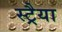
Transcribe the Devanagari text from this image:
स्ट्रैया